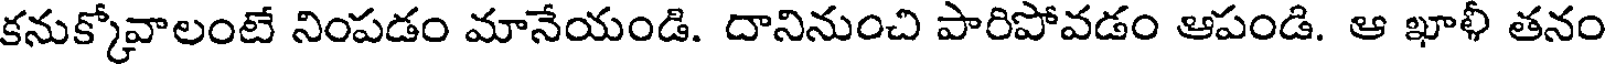
కనుక్కోవాలంటే నింపడం మానేయండి. దానినుంచి పారిపోవడం ఆపండి. ఆ ఖాళీ తనం